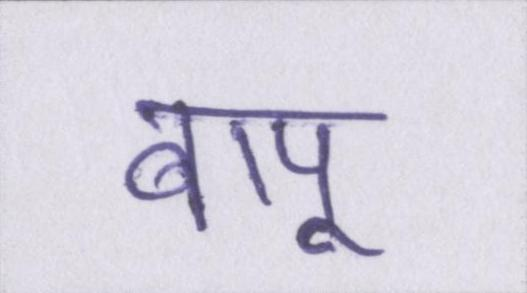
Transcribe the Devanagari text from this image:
बापू